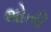
થોતી